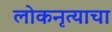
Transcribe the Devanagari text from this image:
लोकनृत्याचा